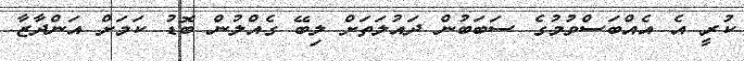
ކުރީ އެ އެއްބަސްވުމުގެ ސަބަބުން ދައުލަތަށް ލިބޭ ގެއްލުން ބޮޑު ކަމަށް އަންދާޒާ